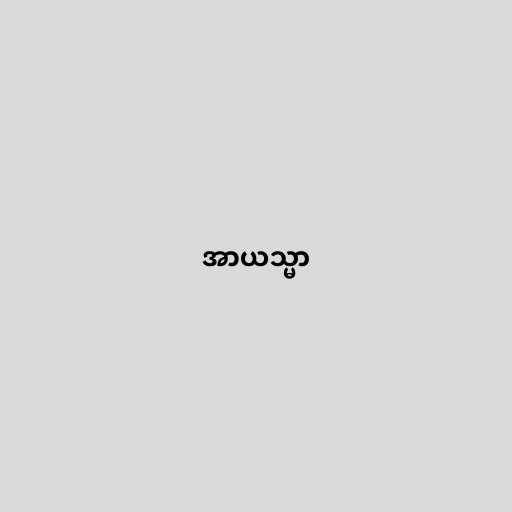
အာယသ္မာ